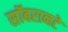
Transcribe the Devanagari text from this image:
सॉबरानटे